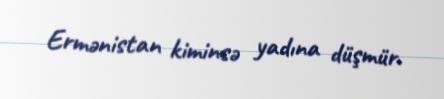
Ermənistan kiminsə yadına düşmür.